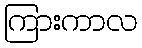
ကြားကာလ